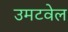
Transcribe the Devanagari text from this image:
उमटवेल